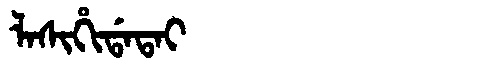
Manchu: ᠯᠠᠰᡳᡥᡳᡩᠠᡨᠠᡳ
Romanization: LASIHIDATAI